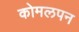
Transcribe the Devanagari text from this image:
कोमलपन